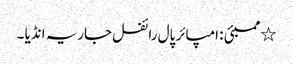
٭ ممبئی : امپائر پال رائفل جاریہ انڈیا ۔